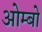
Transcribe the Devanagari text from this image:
ओम्बो